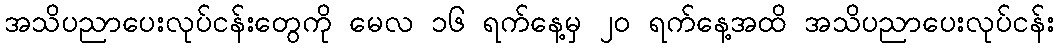
အသိပညာပေးလုပ်ငန်းတွေကို မေလ ၁၆ ရက်နေ့မှ ၂၀ ရက်နေ့အထိ အသိပညာပေးလုပ်ငန်း